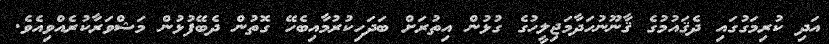
އަދި ކުރިމަގުގައި ދެޤައުމުގެ ޤާނޫނުހަދާމަޖިލީހުގެ ގުޅުން އިތުރަށް ބަދަހިކުރުމާއިބެހޭ ގޮތުން ދެބޭފުޅުން މަޝްވަރާކުރެއްވިއެވެ.